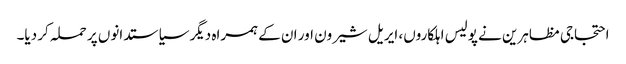
احتجاجی مظاہرین نے پولیس اہلکاروں، ایریل شیرون اور ان کے ہمراہ دیگر سیاستدانوں پر حملہ کر دیا۔